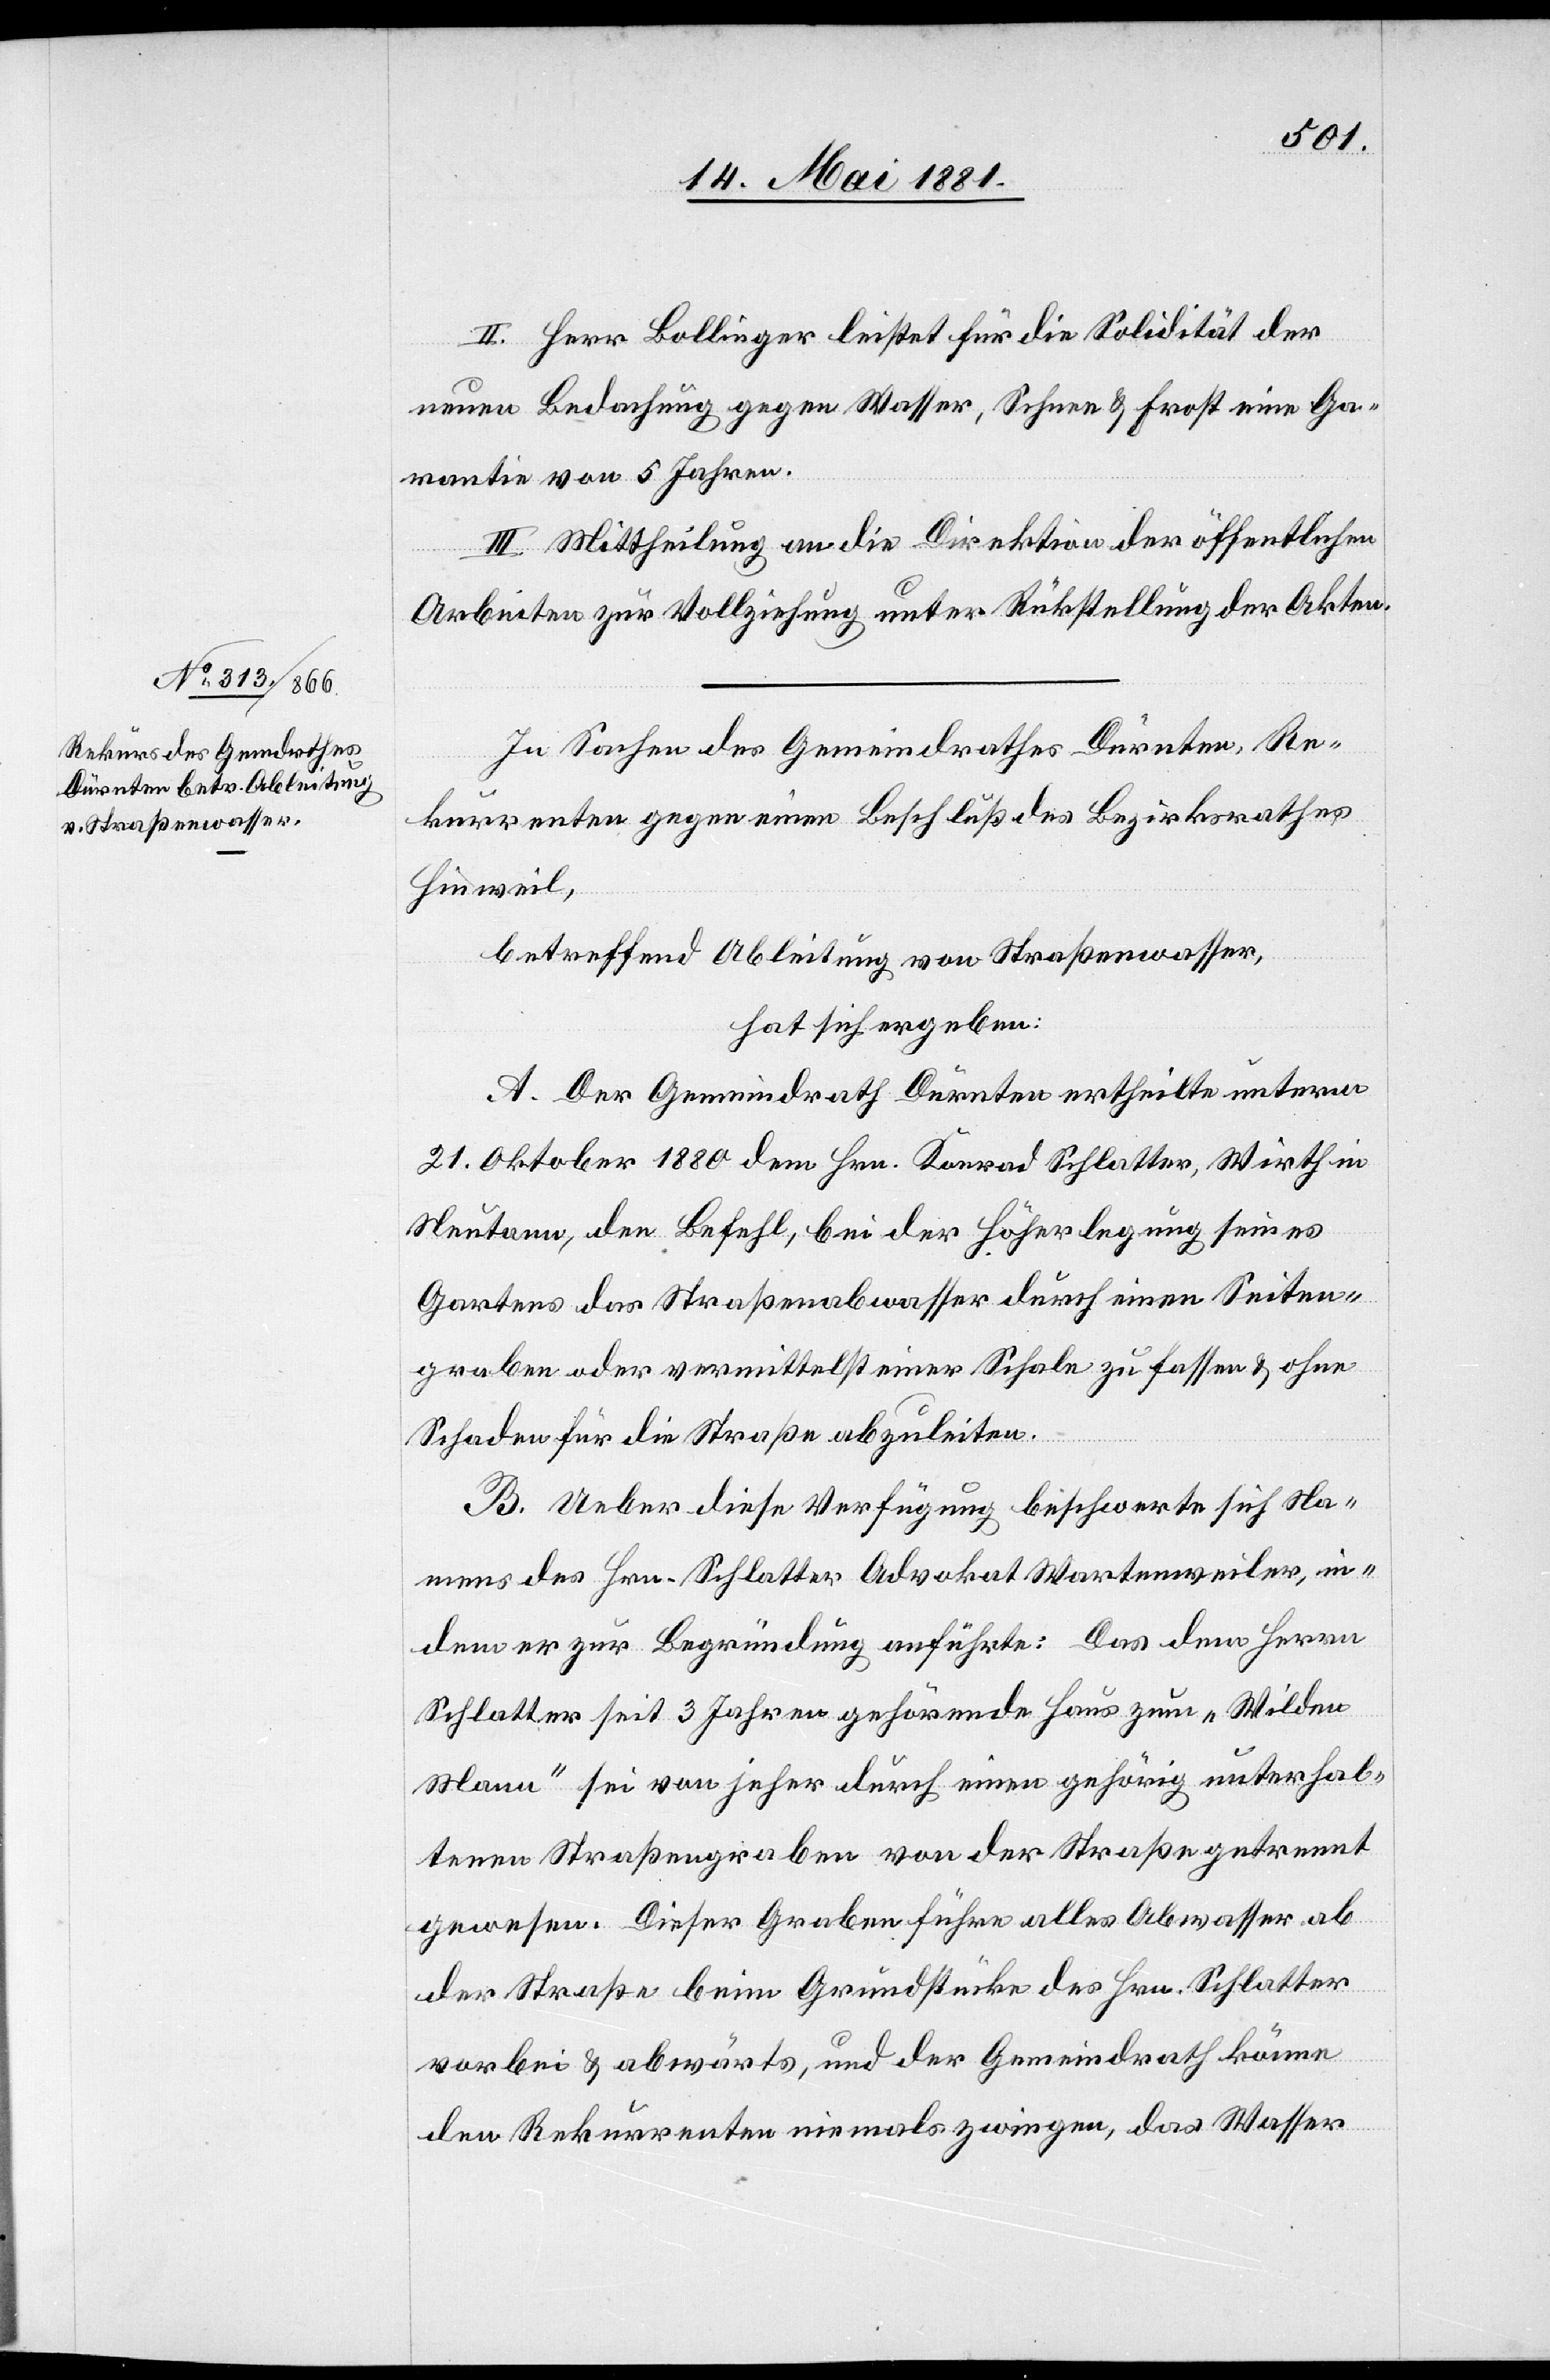
II. Herr Bollinger leistet für die Solidität der
neuen Bedachung gegen Wasser, Schnee & Frost eine Ga¬
rantie von 5 Jahren.
III. Mittheilung an die Direktion der öffentlichen
Arbeiten zur Vollziehung unter Rückstellung der Akten.
In Sachen des Gemeindrathes Dürnten, Re¬
kurrenten gegen einen Beschluß des Bezirksrathes
Hinweil,
betreffend Ableitung von Straßenwasser,
hat sich ergeben:
A. Der Gemeindrath Dürnten ertheilte unterm
21. Oktober 1880 dem Hrn. Konrad Schlatter, Wirth in
Neutann, den Befehl, bei der Höherlegung seines
Gartens das Straßenabwasser durch einen Seiten¬
graben oder vermittelst einer Schale zu fassen & ohne
Schaden für die Straße abzuleiten.
B. Ueber diese Verfügung beschwerte sich Na¬
mens des Hrn. Schlatter Advokat Wartenweiler, in
dem er zur Begründung anführte: Das dem Herrn
Schlatter seit 3 Jahren gehörende Haus zum „Wilden
Mann“ sei von jeher durch einen gehörig unterhal¬
tenen Straßengraben von der Straße getrennt
gewesen. Dieser Graben führe alles Abwasser ab
der Straße beim Grundstücke des Hrn. Schlatter
vorbei & abwärts, und der Gemeindrath könne
den Rekurrenten niemals zwingen, das Wasser